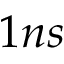
1 n s